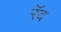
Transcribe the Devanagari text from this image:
रॅद